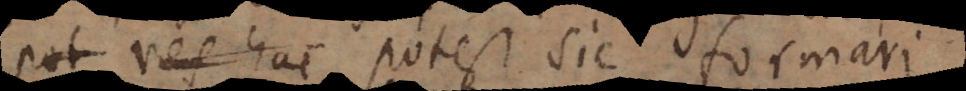
pot res hae potest sic formar